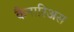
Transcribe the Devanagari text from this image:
कैनारिअस